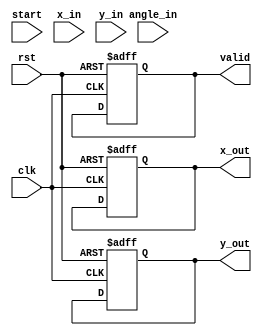
module cordic_pipeline #(
    parameter N = 16, // Number of iterations
    parameter WIDTH = 16 // Bit-width for fixed-point representation
)(
    input wire clk,
    input wire rst,
    input wire start,
    input wire signed [WIDTH-1:0] x_in, // Initial x-coordinate
    input wire signed [WIDTH-1:0] y_in, // Initial y-coordinate
    input wire signed [WIDTH-1:0] angle_in, // Rotation angle
    output reg signed [WIDTH-1:0] x_out, // Output x-coordinate
    output reg signed [WIDTH-1:0] y_out, // Output y-coordinate
    output reg valid // Output valid signal
);

    // CORDIC angle lookup table (in fixed-point representation)
    reg signed [WIDTH-1:0] angle_table [0:N-1];
    initial begin
        // Fill the angle table with pre-calculated values
        angle_table[0] = 16'h2000; // atan(2^-0)
        angle_table[1] = 16'h1000; // atan(2^-1)
        angle_table[2] = 16'h0800; // atan(2^-2)
        // Continue filling in the rest of the table...
    end

    // Pipeline registers
    reg signed [WIDTH-1:0] x_reg [0:N-1];
    reg signed [WIDTH-1:0] y_reg [0:N-1];
    reg signed [WIDTH-1:0] angle_reg [0:N-1];
    reg [3:0] stage; // Current stage counter

    // Compute scaling factor
    function signed [WIDTH-1:0] scaling_factor(input integer i);
        begin
            scaling_factor = 16'h4000 >>> i; // 1/sqrt(1 + (2^-2i))
        end
    endfunction

    // Pipeline operation
    always @(posedge clk or posedge rst) begin
        if (rst) begin
            stage <= 0;
            valid <= 0;
            x_out <= 0;
            y_out <= 0;
        end else begin
            if (start) begin
                // Load initial values into the pipeline
                x_reg[0] <= x_in;
                y_reg[0] <= y_in;
                angle_reg[0] <= angle_in;
                stage <= 1;
            end else if (stage < N) begin
                // Perform CORDIC iteration
                x_reg[stage] <= x_reg[stage-1] - (y_reg[stage-1] >>> stage);
                y_reg[stage] <= y_reg[stage-1] + (x_reg[stage-1] >>> stage);
                angle_reg[stage] <= angle_reg[stage-1] - angle_table[stage-1];

                // Move to the next stage
                stage <= stage + 1;
            end else if (stage == N) begin
                // Final output stage
                x_out <= x_reg[N-1] * scaling_factor(N-1);
                y_out <= y_reg[N-1] * scaling_factor(N-1);
                valid <= 1;
            end
        end
    end
endmodule